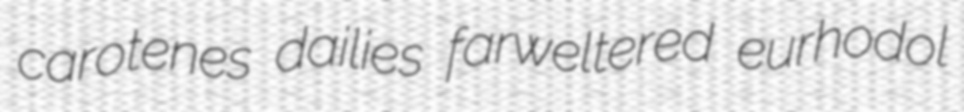
carotenes dailies farweltered eurhodol